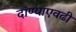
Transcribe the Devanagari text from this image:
दाण्याएवढी